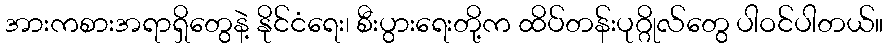
အားကစားအရာရှိတွေနဲ့ နိုင်ငံရေး၊ စီးပွားရေးတို့က ထိပ်တန်းပုဂ္ဂိုလ်တွေ ပါဝင်ပါတယ်။